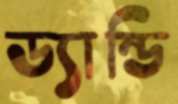
ড্যান্ডি